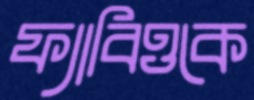
ফ্যাবিওকে